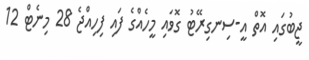
ޖީބުގައި އޮތް އީ-ސިނގިރޭޓު ގޮވައި މީހެއްގެ ފައި ފިހިއްޖެ 28 މިނެޓް 12